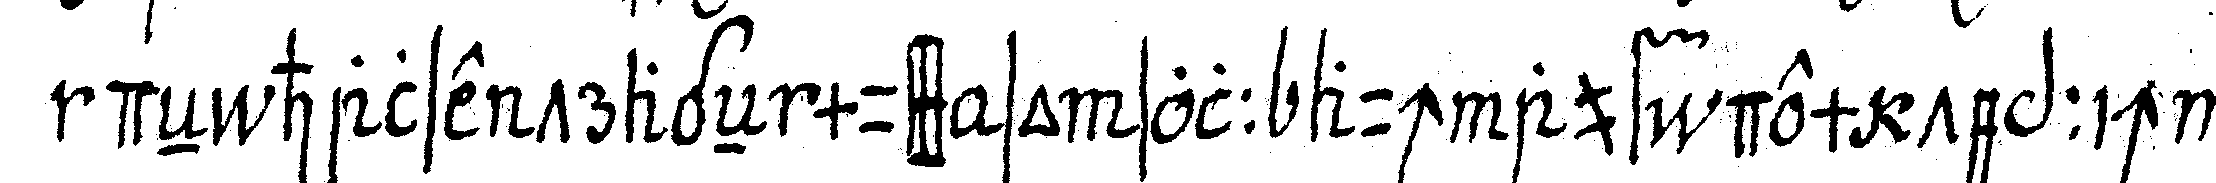
deN halse trageN muss so soll auch auf dem teppich